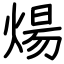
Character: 煬